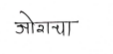
मजकूर: ओराचा